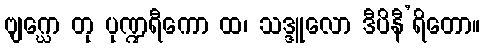
ဗျဂ္ဃော တု ပုဏ္ဍရီကော ထ၊ သဒ္ဒူလော ဒီပိနီ’ရိတော။